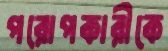
পরোপকারীকে